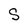
Character: S